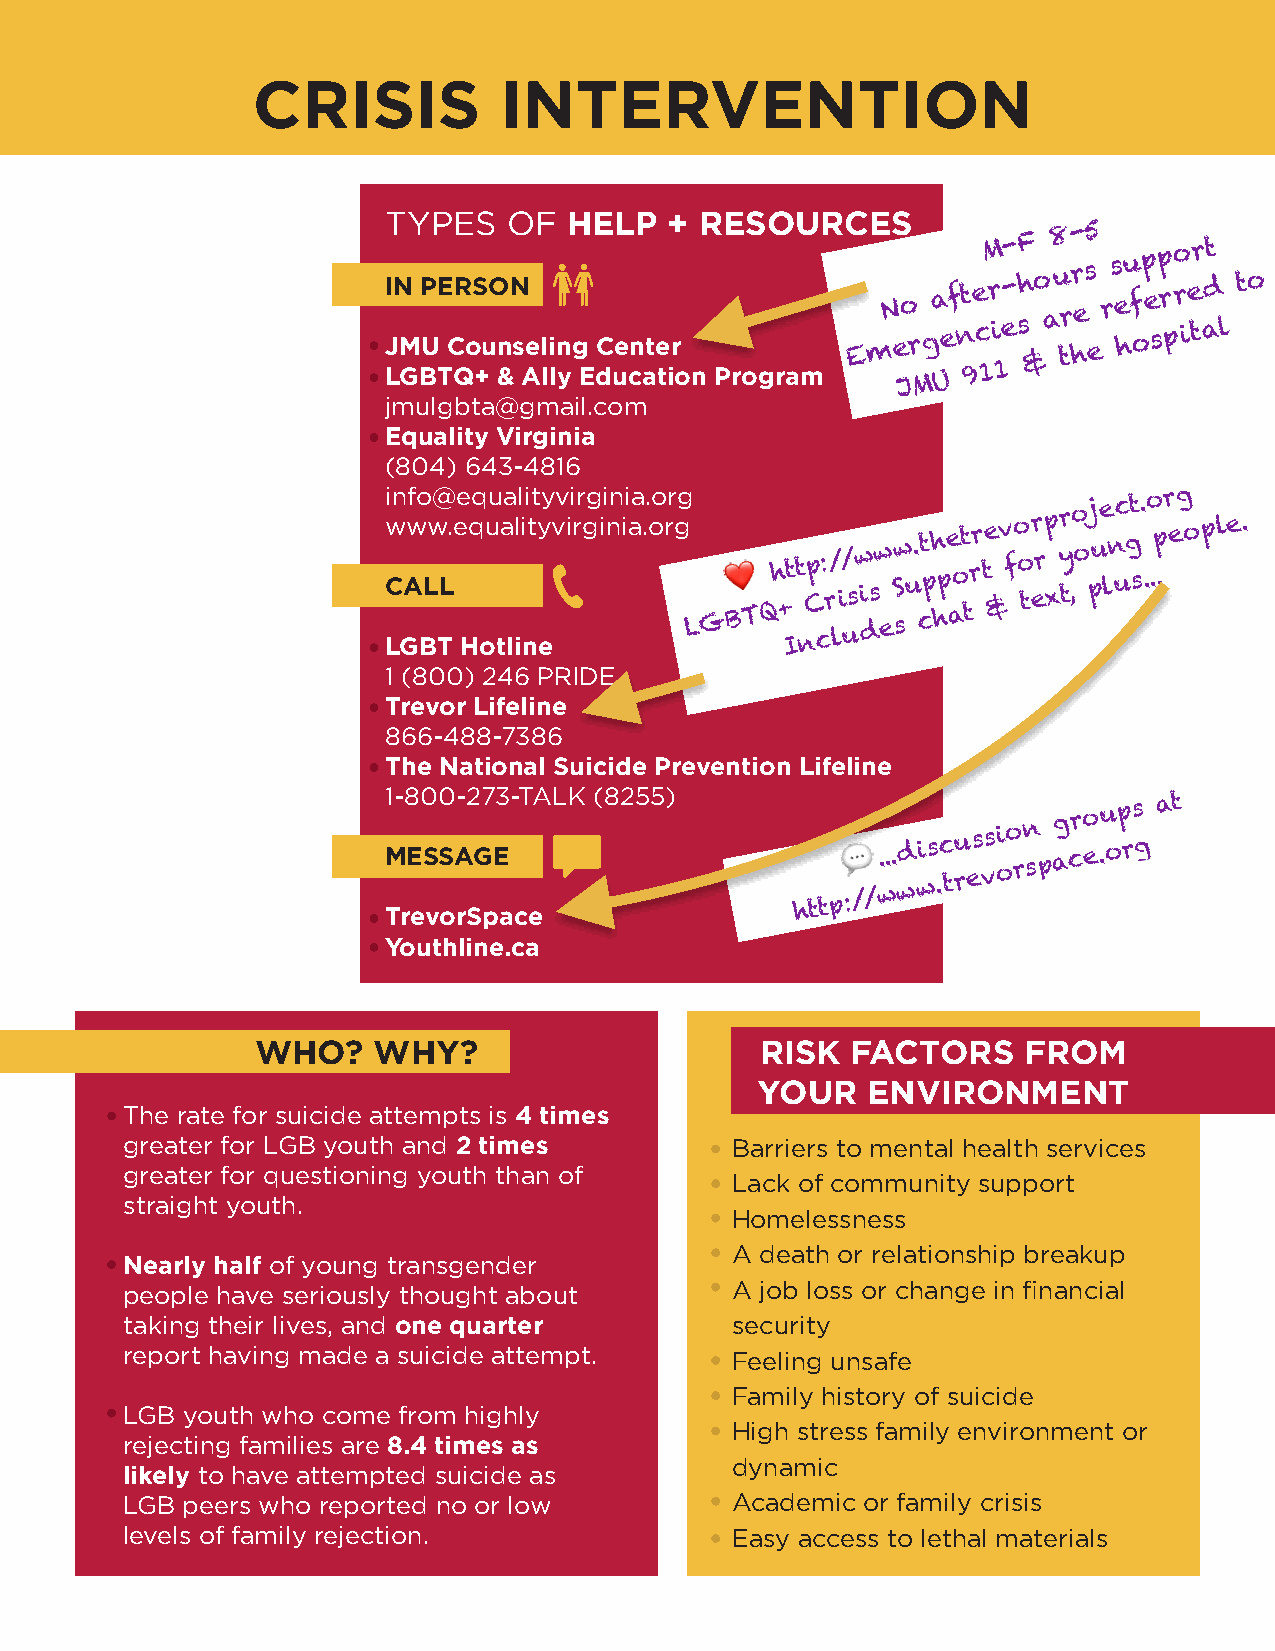
CRISIS          INTERVENTION
 TYPES   OF  HELP  + RESOURCES
 IN PERSON
 JMU Counseling Center
 LGBTQ+ & Ally Education Program
 jmulgbta@gmail.com
 Equality Virginia
 (804) 643-4816
 info@equalityvirginia.org
 www.equalityvirginia.org
 CALL
 LGBT Hotline
 1 (800) 246 PRIDE
 Trevor Lifeline
 866-488-7386
 The National Suicide Prevention Lifeline
 1-800-273-TALK (8255)
 MESSAGE
 TrevorSpace
 Youthline.ca
 WHO?    WHY?                     RISK  FACTORS     FROM
 YOUR   ENVIRONMENT
 The rate for suicide attempts is 4 times
 greater for LGB youth and 2 times       Barriers to mental health services
 greater for questioning youth than of
 Lack of community support
 straight youth.
 Homelessness
 A death or relationship breakup
 Nearly half of young transgender
 people have seriously thought about     A job loss or change in financial
 taking their lives, and one quarter     security
 report having made a suicide attempt.   Feeling unsafe
 Family history of suicide
 LGB youth who come from highly
 High stress family environment or
 rejecting families are 8.4 times as
 dynamic
 likely to have attempted suicide as
 LGB peers who reported no or low        Academic or family crisis
 levels of family rejection.             Easy access to lethal materials